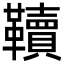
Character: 韇